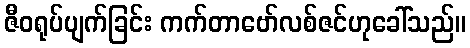
ဇီဝရုပ်ပျက်ခြင်း ကက်တာဗော်လစ်ဇင်ဟုခေါ်သည်။